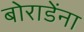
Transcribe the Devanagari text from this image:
बोराडेंना